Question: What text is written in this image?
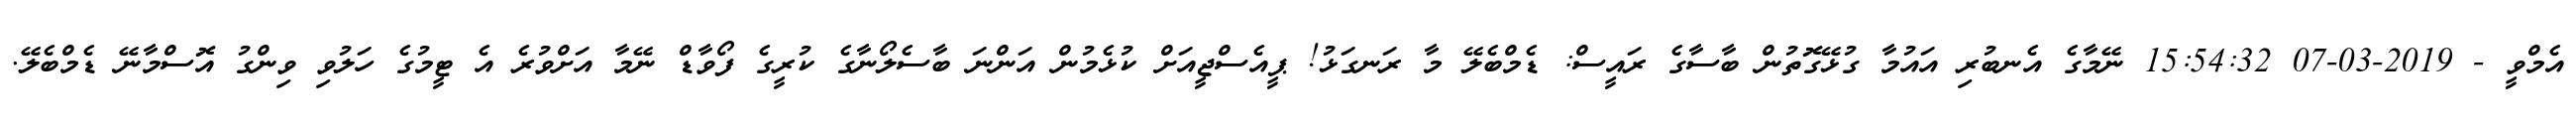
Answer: އެމްވީ - 2019-03-07 15:54:32 ނޭމާގެ އެނބުރި އައުމާ ގުޅޭގޮތުން ބާސާގެ ރައީސް: ޑެމްބެލޭ މާ ރަނގަޅު! ޕީއެސްޖީއަށް ކުޅެމުން އަންނަ ބާސެލޯނާގެ ކުރީގެ ފޯވާޑް ނޭމާ އަށްވުރެ އެ ޓީމުގެ ހަލުވި ވިންގު އޮސްމާނޭ ޑެމްބެލޭ.